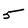
Character: 5